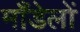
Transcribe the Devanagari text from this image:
माँडेलों